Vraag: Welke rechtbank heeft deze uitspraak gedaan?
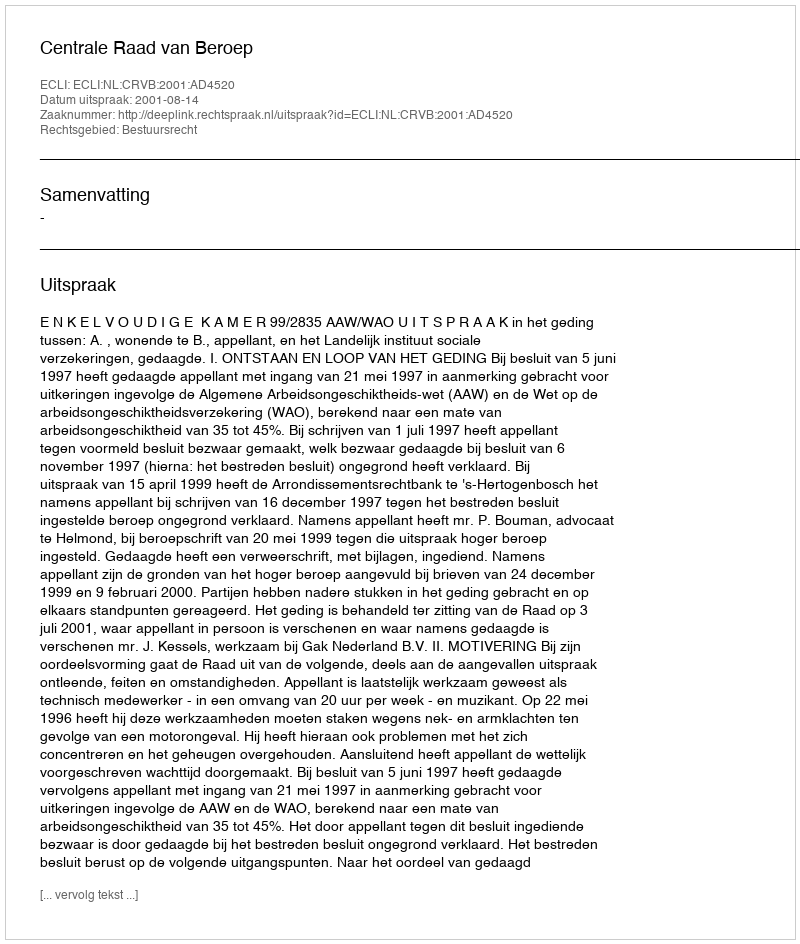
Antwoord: Centrale Raad van Beroep